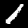
Digit: 1